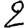
Digit: 2